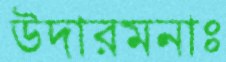
উদারমনাঃ